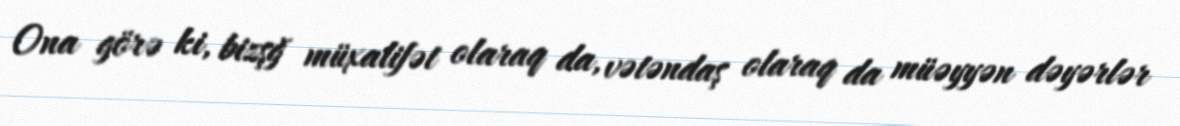
Ona görə ki, bizşğ müxalifət olaraq da, vətəndaş olaraq da müəyyən dəyərlər